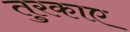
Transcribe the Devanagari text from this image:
तुरकाए